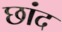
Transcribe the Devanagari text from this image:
छांद